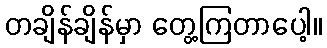
တချိန်ချိန်မှာ တွေ့ကြတာပေါ့။